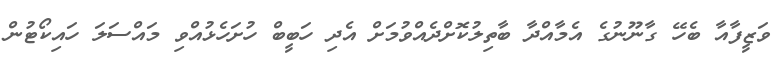
ވަޒީފާއާ ބެހޭ ގާނޫނުގެ އެމާއްދާ ބާތިލުކޮށްދެއްވުމަށް އެދި ހަބީބް ހުށަހެޅުއްވި މައްސަލަ ހައިކޯޓުން